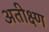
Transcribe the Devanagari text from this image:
अतीक्ष्ण